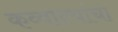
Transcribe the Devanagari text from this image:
कव्वाल्यांचा